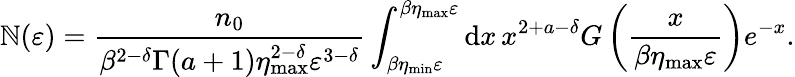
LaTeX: \mathbb{N}(\varepsilon)=\frac{{n_{0}}}{{\beta^{2-\delta}\Gamma(a+1)\eta_{\mathrm{{max}}}^{2-\delta}\varepsilon^{3-\delta}}}\int_{\beta\eta_{\mathrm{{min}}}\varepsilon}^{{\beta\eta_{\mathrm{{max}}}\varepsilon}}\mathrm{{d}}x\, x^{2+a-\delta}G\left(\frac{{x}}{{\beta\eta_{\mathrm{{max}}}\varepsilon}}\right)e^{-x}.